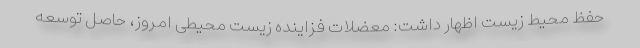
حفظ محیط زیست اظهار داشت: معضلات فزاینده زیست محیطی امروز، حاصل توسعه